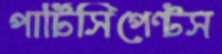
পার্টিসিপেন্টস